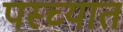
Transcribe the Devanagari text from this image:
पस्च्यात